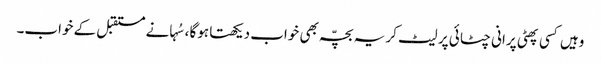
وہیں کسی پھٹی پرانی چٹائی پر لیٹ کر یہ بچّہ بھی خواب دیکھتا ہوگا ،سُہانے مستقبل کے خواب۔